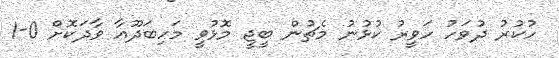
ހުކުރު ދުވަހު ހަވީރު ކުޅުނު މެޗުން ބީޖީ މޮޅުވީ މަހިބަދޫއާ ވާދަކޮށް 0-1